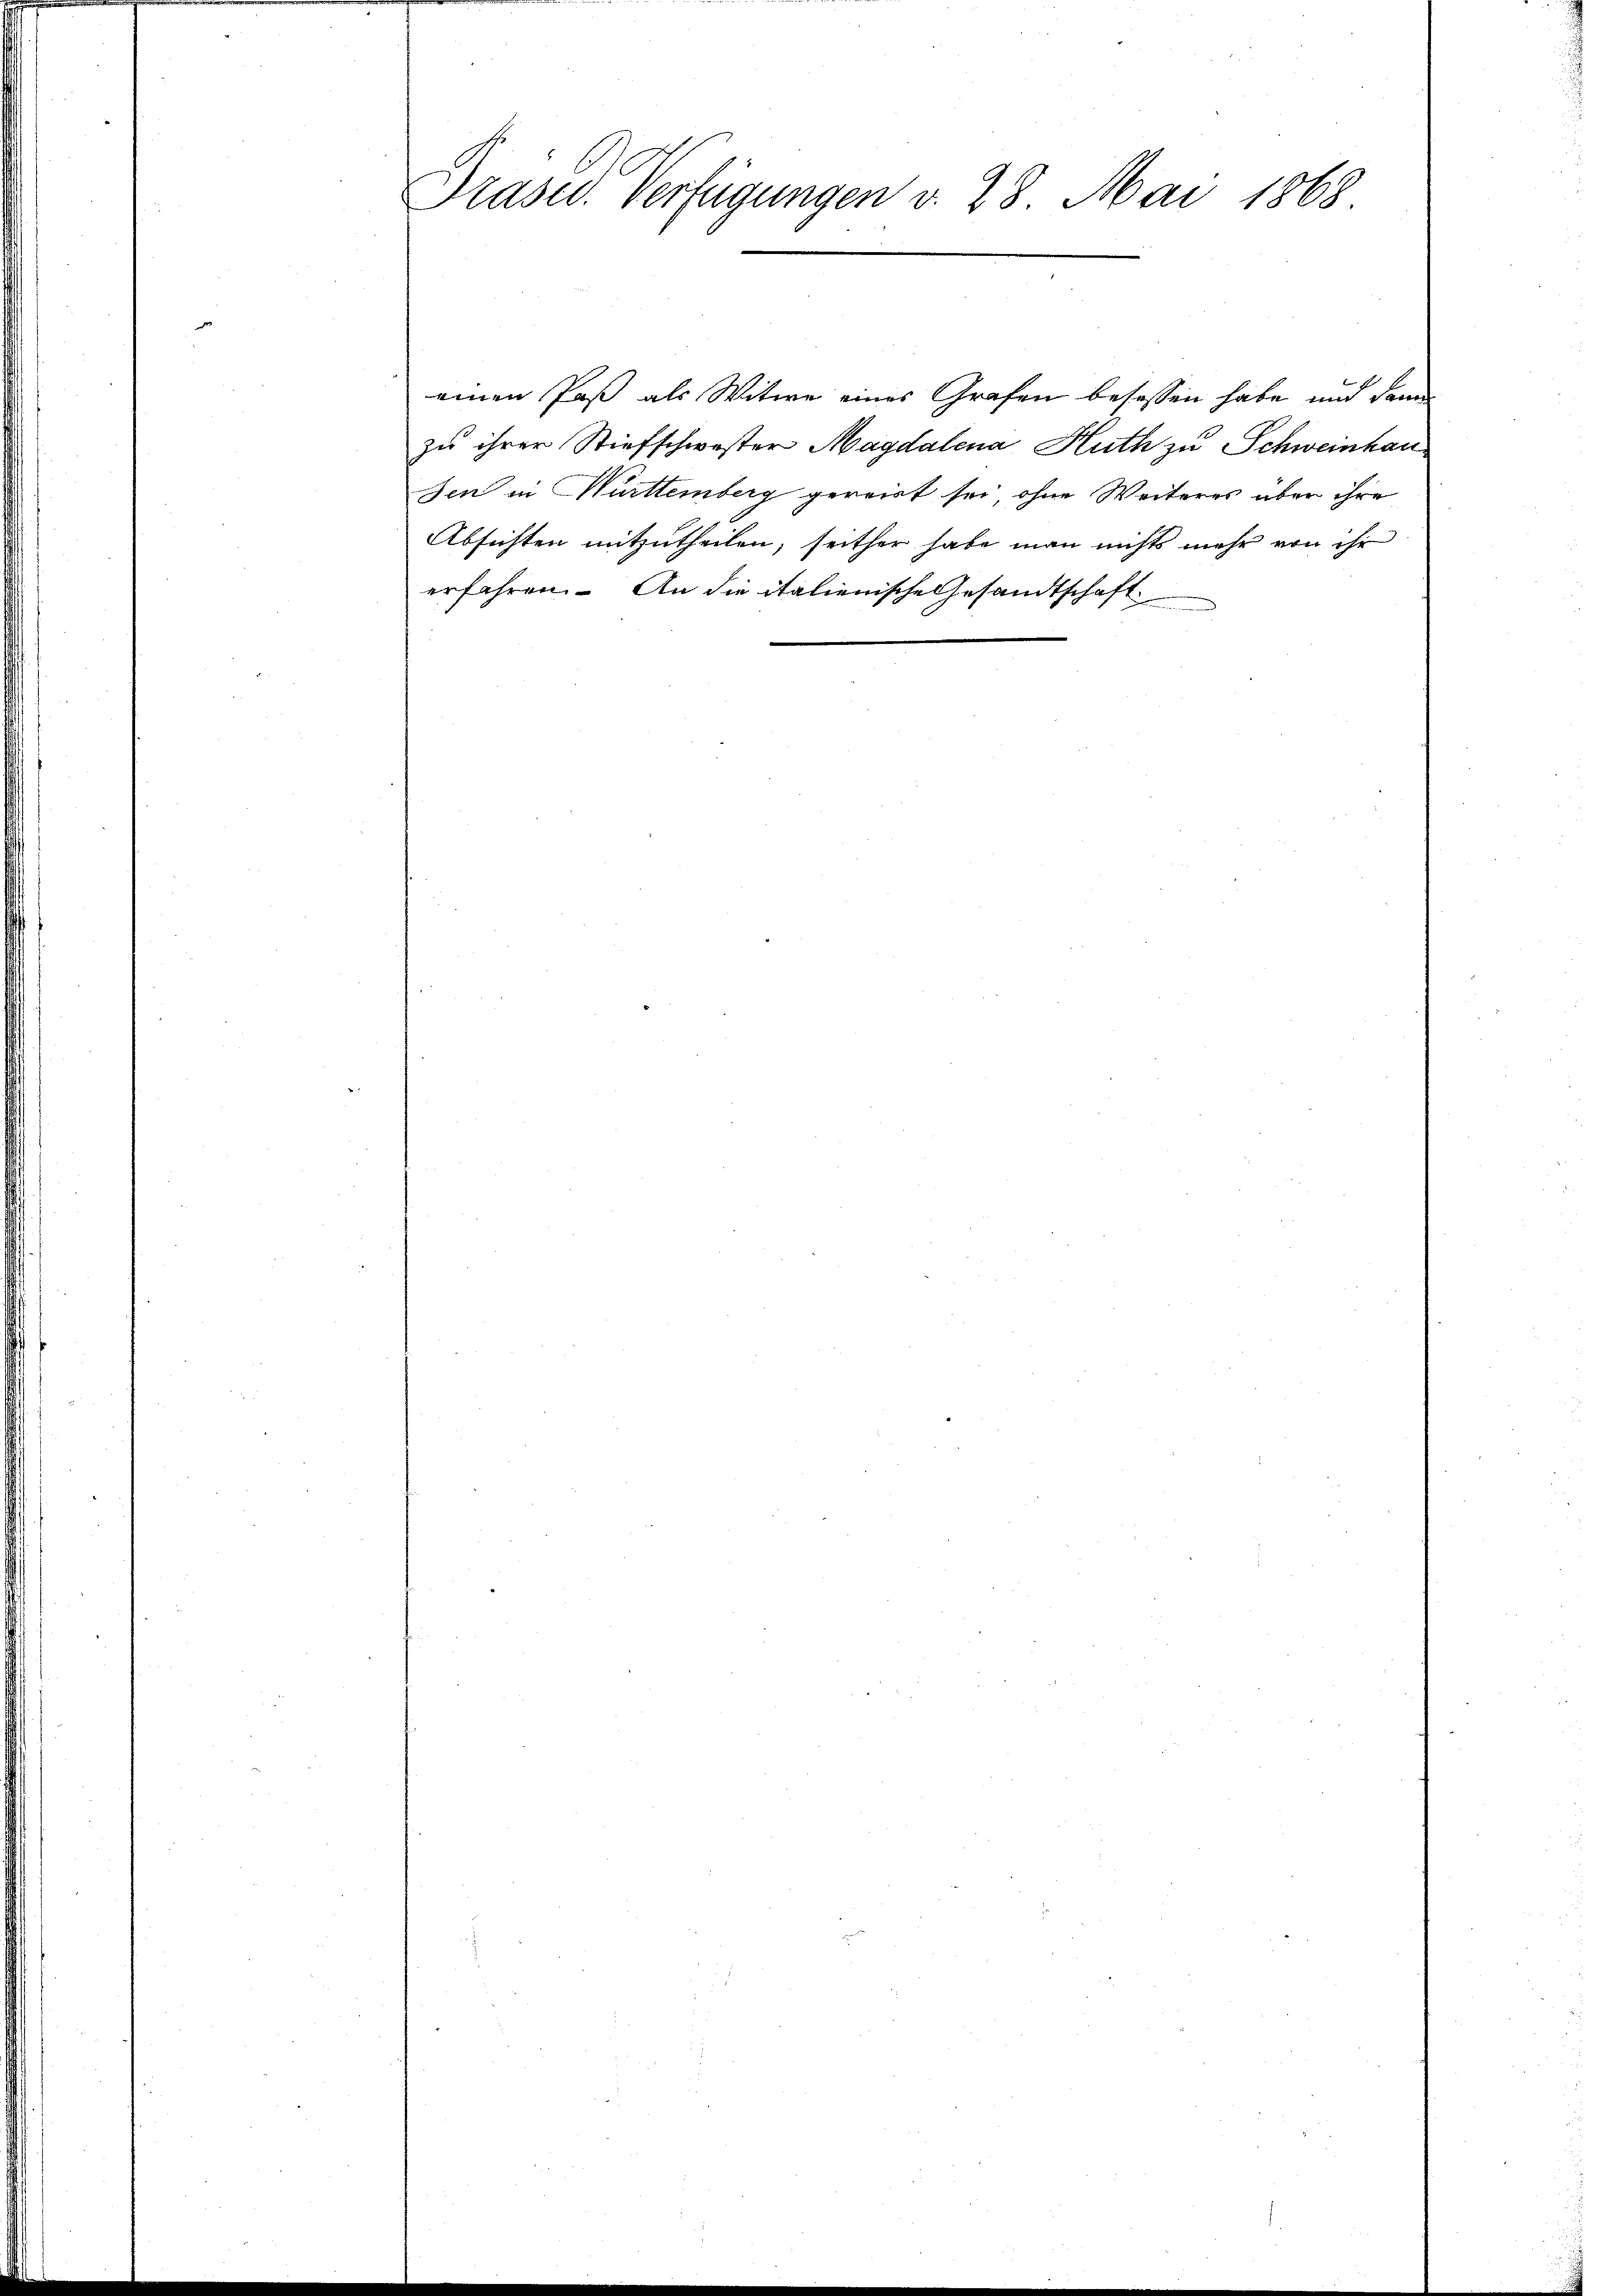
Präsid. Verfügungen v. 28. Mai 1868

einen Paß als Witwe eines Grafen besassen habe, und dann
zu ihrer Stiefschwester Magdalena Huth zu Schweinhau
sen in Württemberg gereist sei, ohne Weiteres aber ihre
Absichten mitzutheilen, seither habe man nichts mehr von ihr
erfahren. An die italienische Gesandtschaft